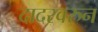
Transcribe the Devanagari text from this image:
दादरवरुन